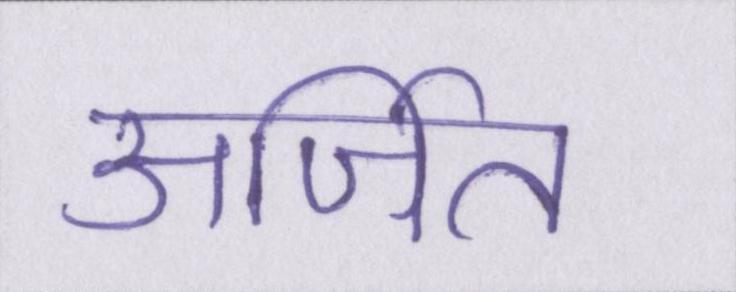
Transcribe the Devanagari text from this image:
अर्जित